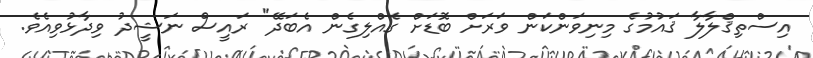
އިސްތިޤްލާލާ ޤައުމުގެ މިނިވަންކަން ވަރަށް ބޮޑަށް ގެއްލިގެން އެބަދޭ" ރައީސް ނަޝީދު ވިދާޅުވިއެވެ.